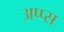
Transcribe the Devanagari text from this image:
अप्प्स